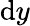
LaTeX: \mathrm{d}y